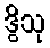
ဒွိသု